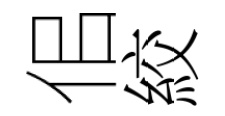
佀絞